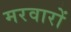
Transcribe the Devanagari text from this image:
मरवारों